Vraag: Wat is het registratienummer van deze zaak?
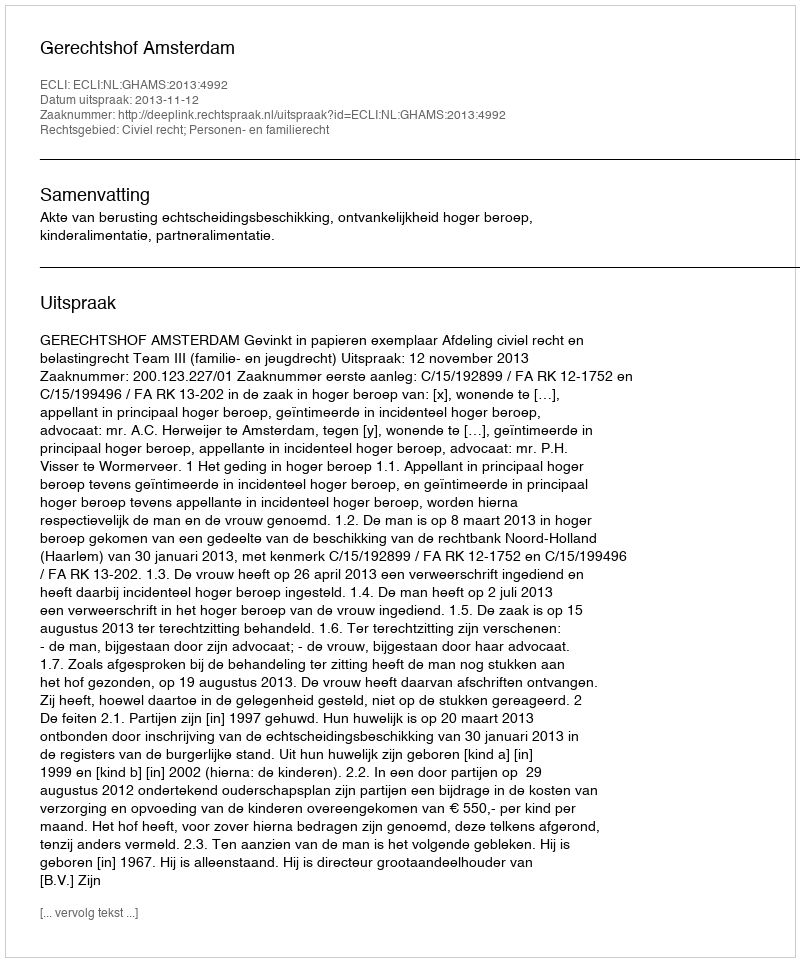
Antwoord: http://deeplink.rechtspraak.nl/uitspraak?id=ECLI:NL:GHAMS:2013:4992